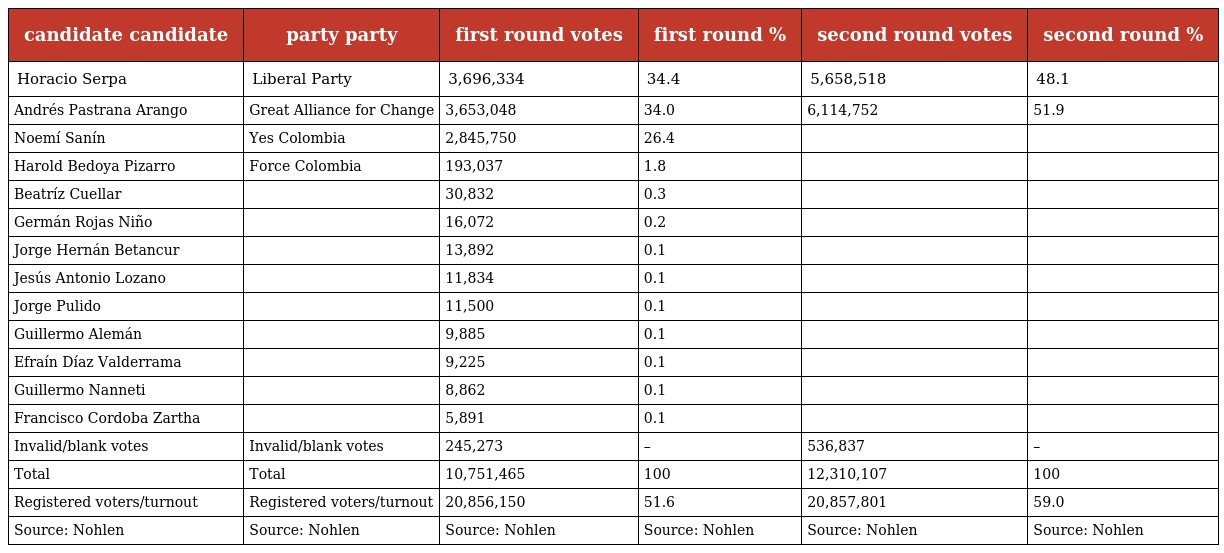
| candidate candidate | party party | first round votes | first round % | second round votes | second round % |
 | --- | --- | --- | --- | --- | --- |
 | Horacio Serpa | Liberal Party | 3,696,334 | 34.4 | 5,658,518 | 48.1 |
 | Andrés Pastrana Arango | Great Alliance for Change | 3,653,048 | 34.0 | 6,114,752 | 51.9 |
 | Noemí Sanín | Yes Colombia | 2,845,750 | 26.4 |  |  |
 | Harold Bedoya Pizarro | Force Colombia | 193,037 | 1.8 |  |  |
 | Beatríz Cuellar |  | 30,832 | 0.3 |  |  |
 | Germán Rojas Niño |  | 16,072 | 0.2 |  |  |
 | Jorge Hernán Betancur |  | 13,892 | 0.1 |  |  |
 | Jesús Antonio Lozano |  | 11,834 | 0.1 |  |  |
 | Jorge Pulido |  | 11,500 | 0.1 |  |  |
 | Guillermo Alemán |  | 9,885 | 0.1 |  |  |
 | Efraín Díaz Valderrama |  | 9,225 | 0.1 |  |  |
 | Guillermo Nanneti |  | 8,862 | 0.1 |  |  |
 | Francisco Cordoba Zartha |  | 5,891 | 0.1 |  |  |
 | Invalid/blank votes | Invalid/blank votes | 245,273 | – | 536,837 | – |
 | Total | Total | 10,751,465 | 100 | 12,310,107 | 100 |
 | Registered voters/turnout | Registered voters/turnout | 20,856,150 | 51.6 | 20,857,801 | 59.0 |
 | Source: Nohlen | Source: Nohlen | Source: Nohlen | Source: Nohlen | Source: Nohlen | Source: Nohlen |